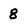
Character: 8